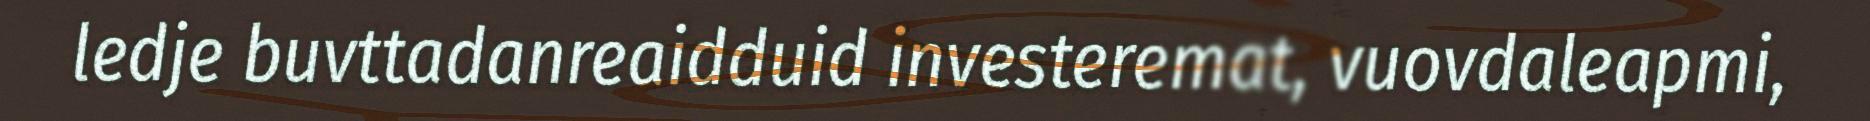
ledje buvttadanreaidduid investeremat, vuovdaleapmi,